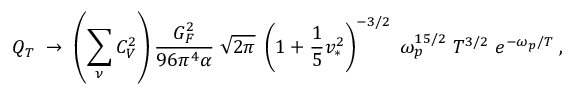
{ Q _ { T } \; \rightarrow \; \left( \sum _ { \nu } C _ { V } ^ { 2 } \right) { \frac { G _ { F } ^ { 2 } } { 9 6 \pi ^ { 4 } \alpha } } \; \sqrt { 2 \pi } \; \left( 1 + { \frac { 1 } { 5 } } v _ { * } ^ { 2 } \right) ^ { - 3 / 2 } \; \omega _ { p } ^ { 1 5 / 2 } \; T ^ { 3 / 2 } \; e ^ { - \omega _ { p } / T } \; , }